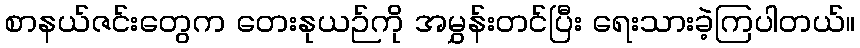
စာနယ်ဇင်းတွေက တေးနုယဉ်ကို အမွှန်းတင်ပြီး ရေးသားခဲ့ကြပါတယ်။